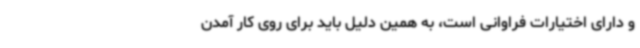
و دارای اختیارات فراوانی است، به همین دلیل باید برای روی‌ کار آمدن